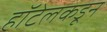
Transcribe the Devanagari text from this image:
हॉटेलकडून